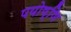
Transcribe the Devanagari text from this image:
पयोष्णि